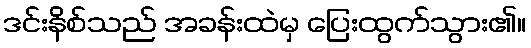
ဒင်းနိစ်သည် အခန်းထဲမှ ပြေးထွက်သွား၏။